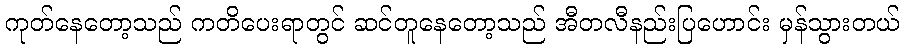
ကုတ်နေတော့သည် ကတိပေးရာတွင် ဆင်တူနေတော့သည် အီတလီနည်းပြဟောင်း မှန်သွားတယ်